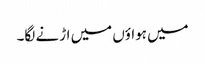
میں ہواؤں میں اڑنے لگا۔